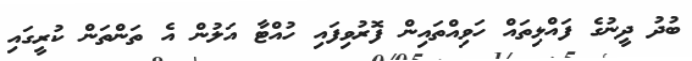
ބުދު ދީނުގެ ފައްޅިތައް ހަވިއްތައިން ފޮރުވިފައި ހުއްޓާ އަލުން އެ ތަންތަން ކުރީގައި